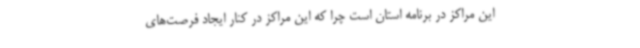
این مراکز در برنامه استان است چرا که این مراکز در کنار ایجاد فرصت‌های